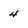
Character: 4